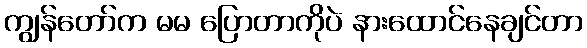
ကျွန်တော်က မမ ပြောတာကိုပဲ နားထောင်နေချင်တာ